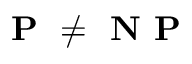
\textbf { P } \neq \textbf { N P }